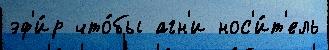
эф'и́р что́бы агн'и нос'и́т'ель